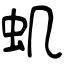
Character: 虮